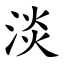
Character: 淡